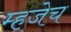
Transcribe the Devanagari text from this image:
म्हजेच